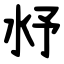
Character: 沀